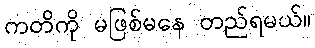
ကတိကို မဖြစ်မနေ တည်ရမယ်။